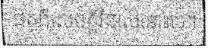
ផុតពីសេចក្តីវិនាសនោះទេ។